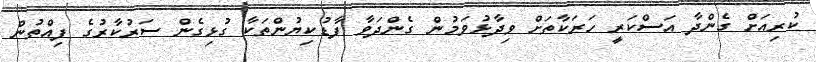
ކުރިއަށް ގެންދާ އަސްކަރީ ހަރަކާތަށް ވިދާޅުވަމުން ގެންދަވާ ފާޑުކިޔުންތަކާ ގުޅިގެން ސަރުކާރުގެ ފިއްތުން